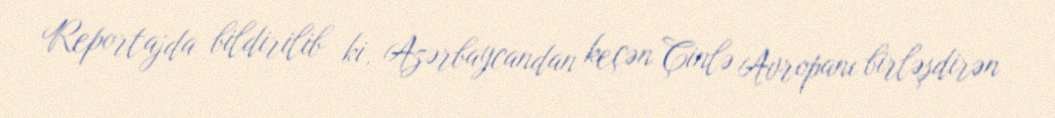
Reportajda bildirilib ki, Azərbaycandan keçən Çinlə Avropanı birləşdirən